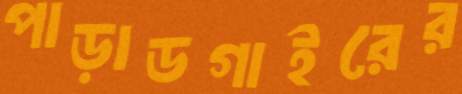
পাড়াডগাইরের